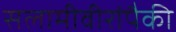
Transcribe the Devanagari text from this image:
सलामीवीरांपैकी